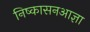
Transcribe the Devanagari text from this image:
निष्कासनआज्ञा